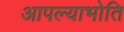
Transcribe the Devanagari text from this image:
आपल्याभोति